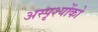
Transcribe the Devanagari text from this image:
अस्पृश्योंको